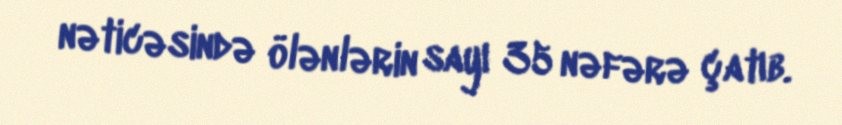
nəticəsində ölənlərin sayı 35 nəfərə çatıb.